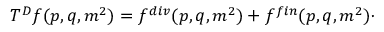
T ^ { D } f ( p , q , m ^ { 2 } ) = f ^ { d i v } ( p , q , m ^ { 2 } ) + f ^ { f i n } ( p , q , m ^ { 2 } ) \cdot